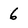
Character: 6